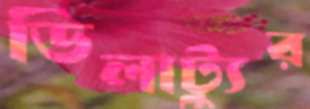
ডিলাট্যুর